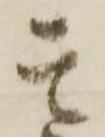
其